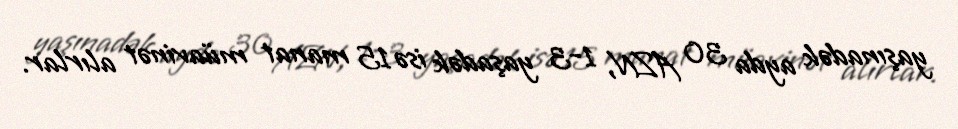
yaşınadək ayda 30 AZN, 1-3 yaşadək isə 15 manat müavinət alırlar.